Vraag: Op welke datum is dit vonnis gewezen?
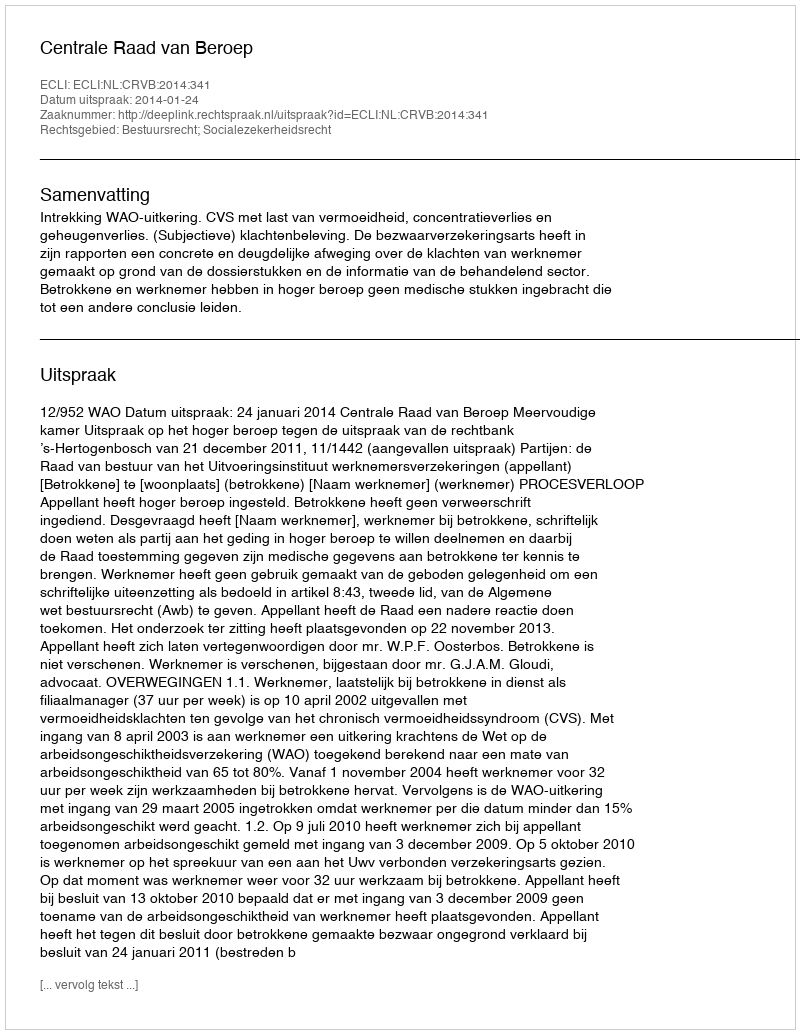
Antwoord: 2014-01-24